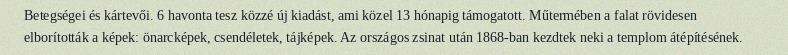
Betegségei és kártevői. 6 havonta tesz közzé új kiadást, ami közel 13 hónapig támogatott. Műtermében a falat rövidesen elborították a képek: önarcképek, csendéletek, tájképek. Az országos zsinat után 1868-ban kezdtek neki a templom átépítésének.